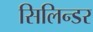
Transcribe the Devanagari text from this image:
सिलिन्डर